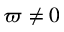
\varpi \neq 0